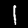
Label: 1